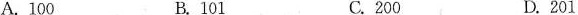
A.100 B.101 C.200 D.201